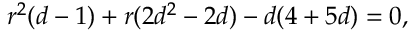
r ^ { 2 } ( d - 1 ) + r ( 2 d ^ { 2 } - 2 d ) - d ( 4 + 5 d ) = 0 ,